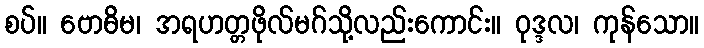
စပ်။ ဗောဓိမ၊ အရဟတ္တဖိုလ်မဂ်သို့လည်းကောင်း။ ဝုဒ္ဒလ၊ ကုန်သော။